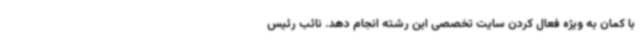
با کمان به ویژه فعال کردن سایت تخصصی این رشته انجام دهد. نائب رئیس